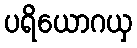
ပရိယောဂယှ